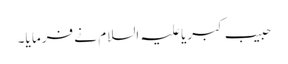
حبیب کبریا علیہ السلام نے فرما یا۔